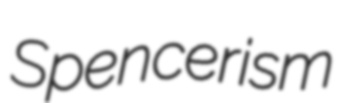
Spencerism